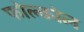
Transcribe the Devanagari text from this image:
फोल्कोल